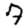
Digit: 7